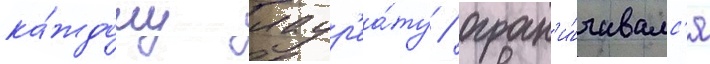
ка́ждому лаур'еа́ту / огран'и́чивалс'я